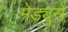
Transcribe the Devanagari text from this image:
मेड्युसे